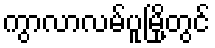
ကွာလာလမ်ပူမြို့တွင်